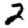
Digit: 2